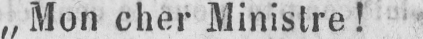
„Mon cher Ministre!